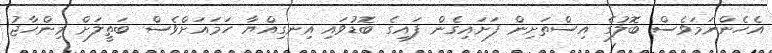
އެހެންނަމަވެސް ބޮލުގެ އިސްތަށިން ފަށައިގެން ފައިގެ ބޮޑުވައި އިނގިއްޔާ ހަމައަށްވެސް ބަތީލަށް މިންހާޖު